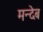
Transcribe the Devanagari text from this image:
मन्देब